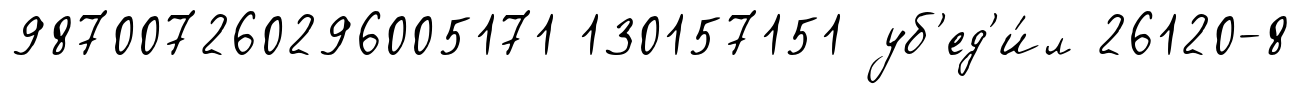
987007260296005171 130157151 уб'ед'и́л 26120-8